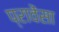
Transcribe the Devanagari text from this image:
प्रावेंसा